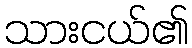
သားငယ်၏